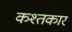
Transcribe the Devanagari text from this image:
कश्तकार